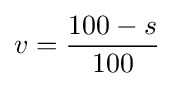
v={\frac {100-s}{100}}